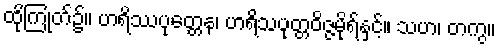
ထိုကြုတ်၌။ ဟရိဿပုတ္တေန၊ ဟရိသပုတ္တဝိဇ္ဇမိုရ်နှင့်။ သဟ၊ တကွ။